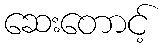
ဆေးတောင့်